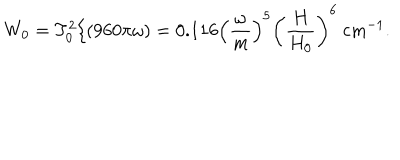
\displaystyle { W _ { 0 } = T _ { 0 } ^ { 2 } / ( 9 6 0 \pi \omega ) } = 0 . 1 1 6 \left( \frac { \omega } { m } \right) ^ { 5 } \left( \frac { H } { H _ { 0 } } \right) ^ { 6 } ~ \mathrm { c m } ^ { - 1 } .